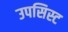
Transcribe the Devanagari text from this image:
उपसिस्ट